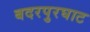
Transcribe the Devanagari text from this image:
बदरपुरघाट